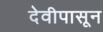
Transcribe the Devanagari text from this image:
देवीपासून